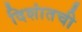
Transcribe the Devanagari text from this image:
दिशांतची